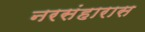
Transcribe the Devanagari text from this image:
नरसंहारास